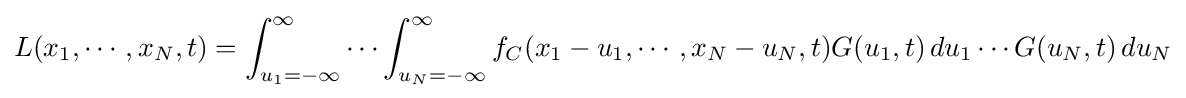
L(x_{1},\cdots ,x_{N},t)=\int _{u_{1}=-\infty }^{\infty }\cdots \int _{u_{N}=-\infty }^{\infty }f_{C}(x_{1}-u_{1},\cdots ,x_{N}-u_{N},t)G(u_{1},t)\,du_{1}\cdots G(u_{N},t)\,du_{N}